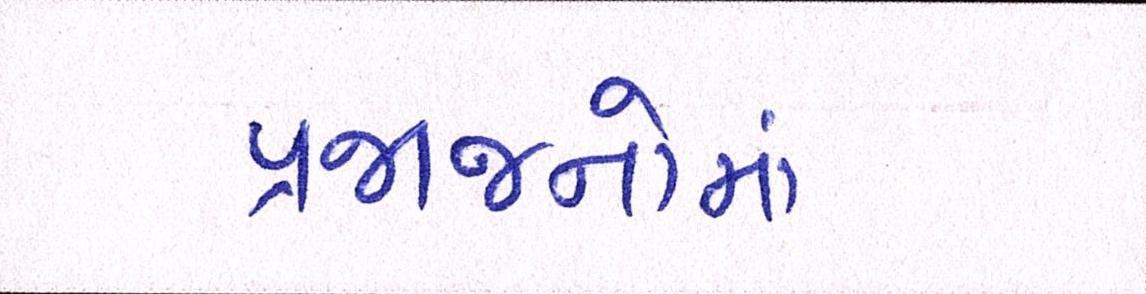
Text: પ્રજાજનોમાં